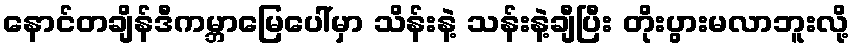
နောင်တချိန်ဒီကမ္ဘာမြေပေါ်မှာ သိန်းနဲ့ သန်းနဲ့ချီပြီး တိုးပွားမလာဘူးလို့